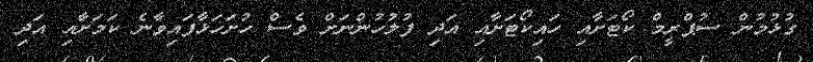
ގުޅުމުން ސުޕްރީމް ކޯޓަށާއި ހައިކޯޓަށާއި އަދި ފުލުހުންނަށް ވެސް ހުށަހަޅާފައިވާނެ ކަމަށާއި އަދި